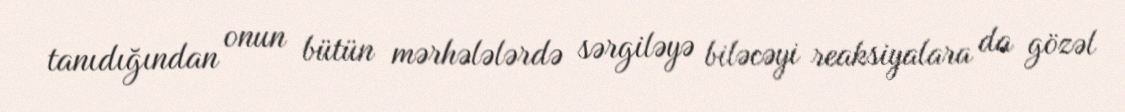
tanıdığından onun bütün mərhələlərdə sərgiləyə biləcəyi reaksiyalara da gözəl